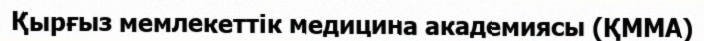
Қырғыз мемлекеттік медицина академиясы (ҚММА)